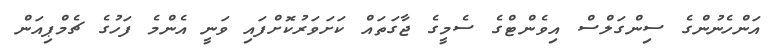
އަންހެނުންގެ ސިންގަލްސް އިވެންޓްގެ ސެމީގެ ޖާގަތައް ކަށަވަރުކޮށްފައި ވަނީ އެންމެ ފަހުގެ ޗެމްޕިއަން